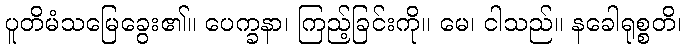
ပူတိမံသမြေခွေး၏။ ပေက္ခနာ၊ ကြည့်ခြင်းကို။ မေ၊ ငါသည်။ နခေါရုစ္စတိ၊